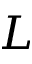
L